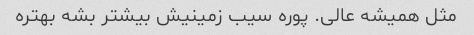
مثل همیشه عالی. پوره سیب زمینیش بیشتر بشه بهتره